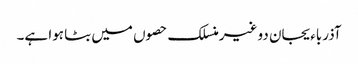
آذرباءیجان دو غیرمنسلک حصوں میں بٹا ہوا ہے۔